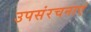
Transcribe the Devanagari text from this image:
उपसंरचनाएं